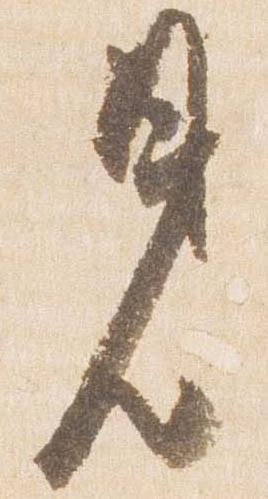
見